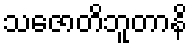
သဇောတိဘူတာနိ